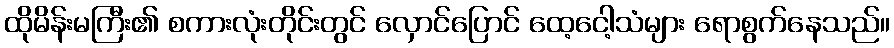
ထိုမိန်းမကြီး၏ စကားလုံးတိုင်းတွင် လှောင်ပြောင် ထေ့ငေါ့သံများ ရောစွက်နေသည်။